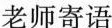
老师寄语